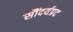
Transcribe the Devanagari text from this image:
सौंदर्यप्रद